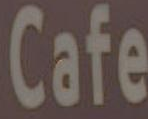
Cafe